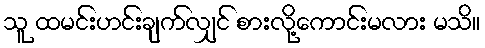
သူ ထမင်းဟင်းချက်လျှင် စားလို့ကောင်းမလား မသိ။